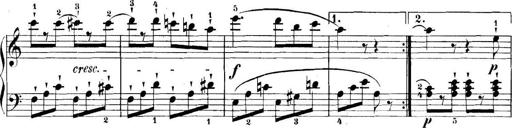
Title: 11 Sonatinas
Composer: Anton Diabelli